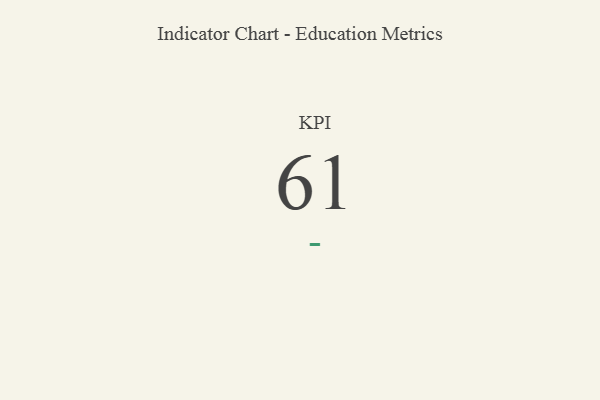
{"axis": {"x": "KPI", "y": "Value"}, "legend": [""], "data": [{"x": "KPI", "y": 61, "type": ""}]}